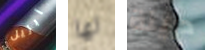
آبريل لها دزينة